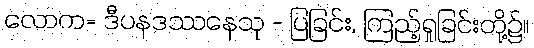
လောက= ဒီပနဒဿနေသု - ပြခြင်း, ကြည့်ရှုခြင်းတို့၌။